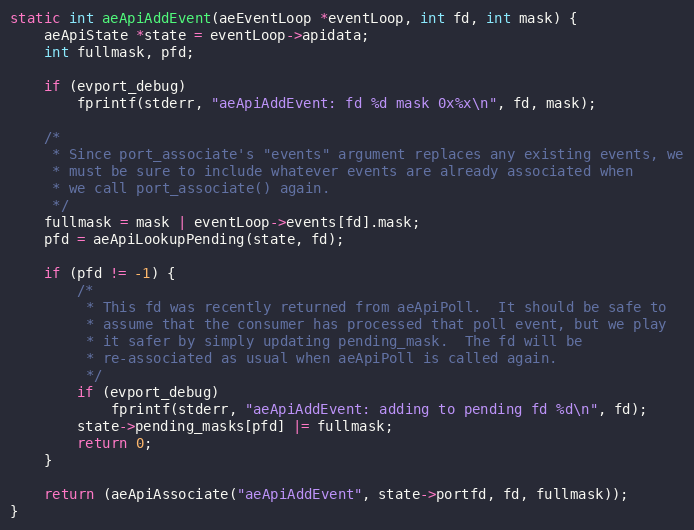
Language: C
static int aeApiAddEvent(aeEventLoop *eventLoop, int fd, int mask) {
    aeApiState *state = eventLoop->apidata;
    int fullmask, pfd;

    if (evport_debug)
        fprintf(stderr, "aeApiAddEvent: fd %d mask 0x%x\n", fd, mask);

    /*
     * Since port_associate's "events" argument replaces any existing events, we
     * must be sure to include whatever events are already associated when
     * we call port_associate() again.
     */
    fullmask = mask | eventLoop->events[fd].mask;
    pfd = aeApiLookupPending(state, fd);

    if (pfd != -1) {
        /*
         * This fd was recently returned from aeApiPoll.  It should be safe to
         * assume that the consumer has processed that poll event, but we play
         * it safer by simply updating pending_mask.  The fd will be
         * re-associated as usual when aeApiPoll is called again.
         */
        if (evport_debug)
            fprintf(stderr, "aeApiAddEvent: adding to pending fd %d\n", fd);
        state->pending_masks[pfd] |= fullmask;
        return 0;
    }

    return (aeApiAssociate("aeApiAddEvent", state->portfd, fd, fullmask));
}